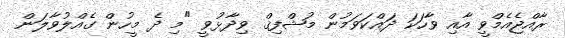
ރާއްޖެއެމްވީ އާއި ވާހަކަ ދައްކަވަމުން މުޝްފިޤް ވިދާޅުވީ "މި ދެ މީހުން ގެއްލުވާލަން